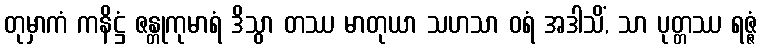
တုမှာကံ ကနိဋ္ဌံ ဇန္တုကုမာရံ ဒိသွာ တဿ မာတုယာ သဟသာ ဝရံ အဒါသိံ, သာ ပုတ္တဿ ရဇ္ဇံ